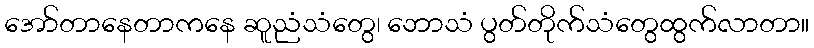
အော်တာနေတာကနေ ဆူညံသံတွေ၊ ဘောသံ ပွတ်တိုက်သံတွေထွက်လာတာ။